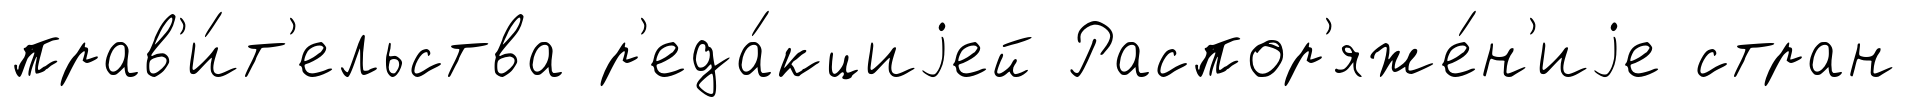
прав'и́т'ельства р'еда́кциjей Распор'яже́н'иjе стран